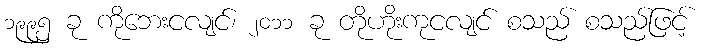
၁၉၉၅ ခု ကိုဘေးငလျင်၊ ၂၀၁၁ ခု တိုဟိုးကုငလျင် စသည် စသည်ဖြင့်